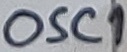
Text: OSC1